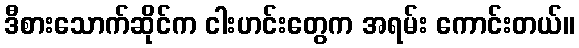
ဒီစားသောက်ဆိုင်က ငါးဟင်းတွေက အရမ်း ကောင်းတယ်။